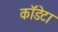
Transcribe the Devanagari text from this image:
कॉडेटा